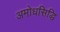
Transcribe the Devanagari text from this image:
अमोधसिद्धि